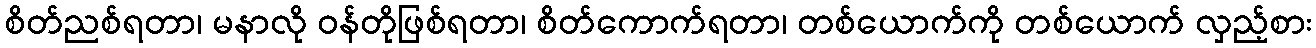
စိတ်ညစ်ရတာ၊ မနာလို ဝန်တိုဖြစ်ရတာ၊ စိတ်ကောက်ရတာ၊ တစ်ယောက်ကို တစ်ယောက် လှည့်စား